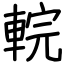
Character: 輐